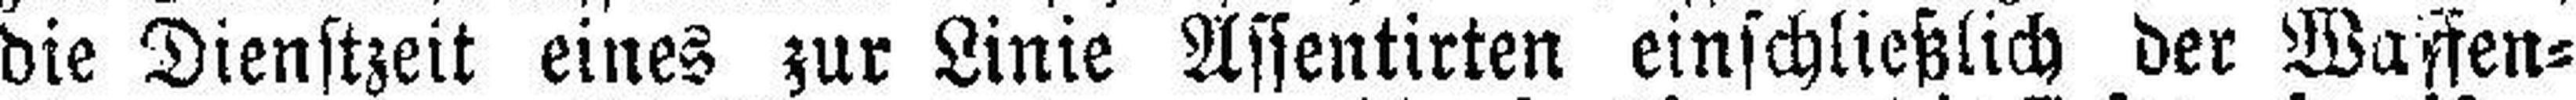
die Dienstzeit eines zur Linie Assentirten einschließlich der Waffen¬